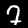
Label: 7